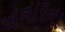
ખનારના